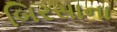
બિરસાના